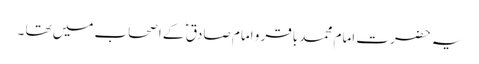
یہ حضرت امام محمد باقر و امام صادق ؑ کے اصحاب میں تھا ۔